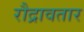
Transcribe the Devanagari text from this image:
रौद्रावतार